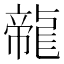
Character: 㡣